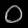
Digit: ၀